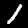
Digit: 1